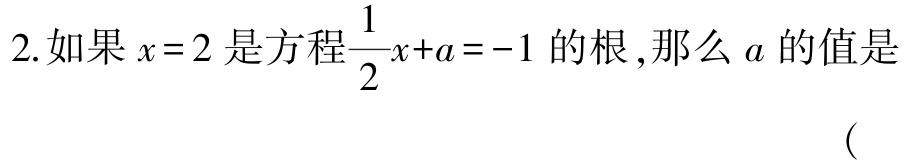
2.如果\(x = 2\)是方程\(\frac{1}{2}x + a = -1\)的根,那么\(a\)的值是

(